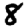
Digit: 8